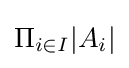
\Pi _{i\in I}|A_{i}|